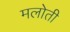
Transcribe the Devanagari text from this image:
मलोती